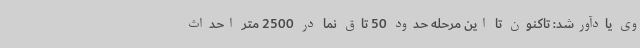
وی یادآورشد: تاکنون تا این مرحله حدود 50 تاق نما در 2500 متر احداث